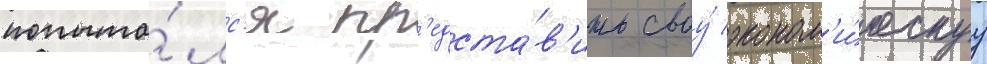
попыта́лс'я пр'едста́в'ить своу́ эконом'и́ческуу